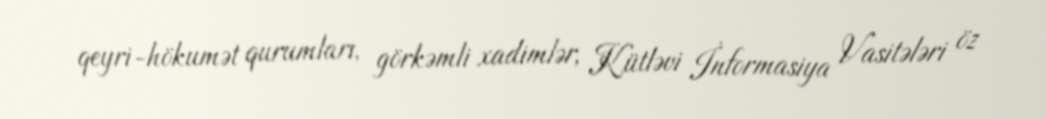
qeyri-hökumət qurumları, görkəmli xadimlər, Kütləvi İnformasiya Vasitələri öz